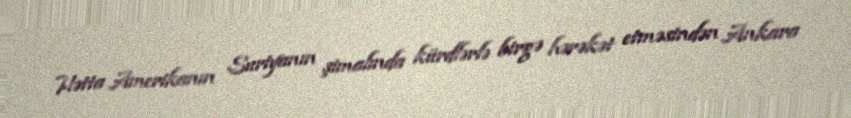
Hətta Amerikanın Suriyanın şimalında kürdlərlə birgə hərəkət etməsindən Ankara